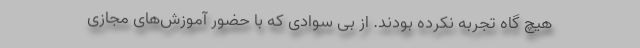
هیچ گاه تجربه نکرده بودند. از بی سوادی که با حضور آموزش‌های مجازی